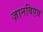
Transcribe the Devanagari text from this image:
ज़ानविएव